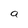
Character: a